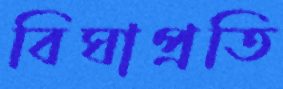
বিঘাপ্রতি